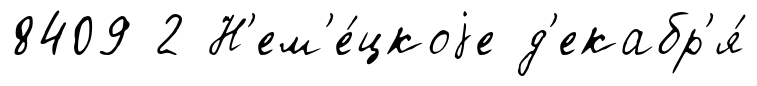
8409 2 Н'ем'е́цкоjе д'екабр'я́